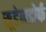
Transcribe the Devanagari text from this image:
सूडेनडोर्फ